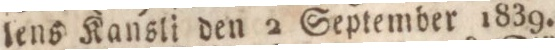
lens Kansli den 2 September 1839.